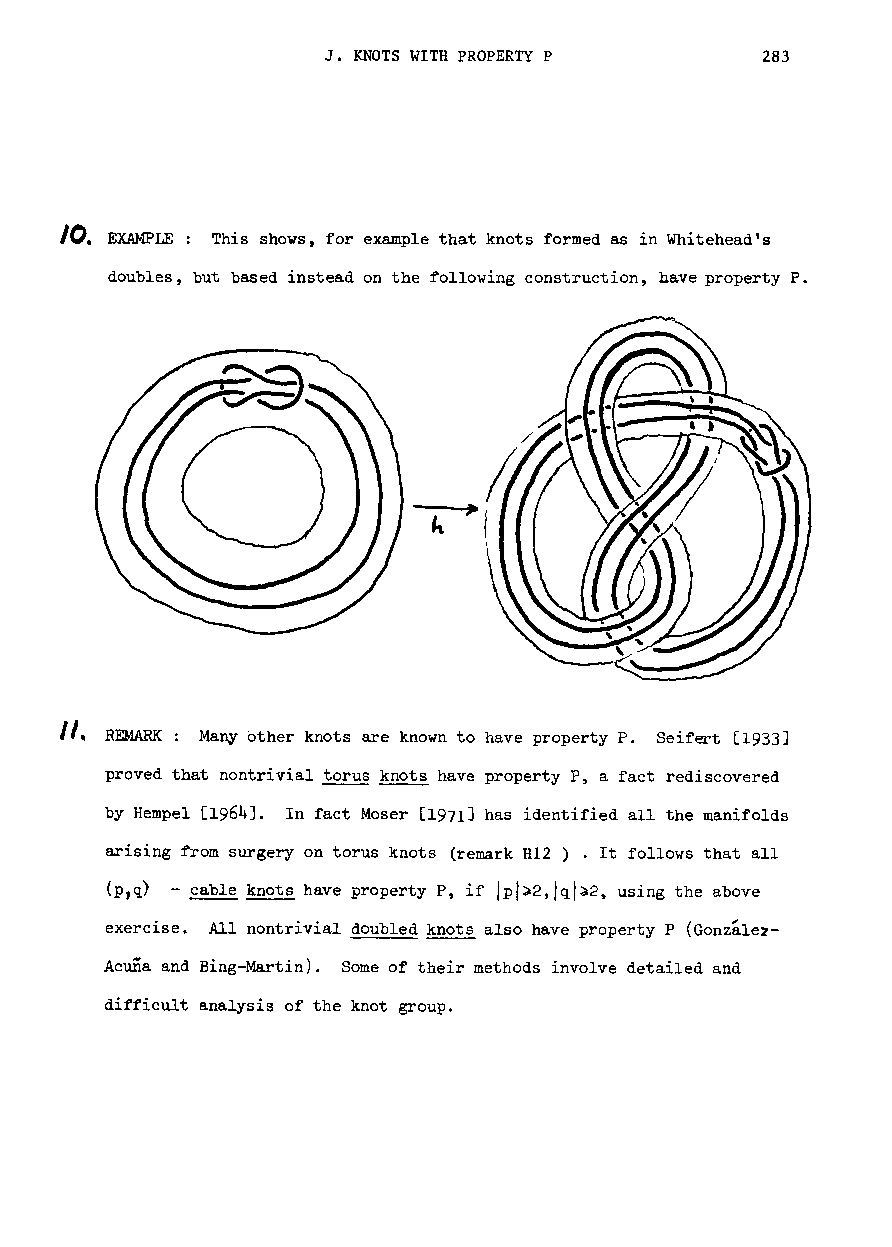
J. KNOTS WITH PROPERTY P     283
 /(). E~~LE: This shows, for example that knots formed as in Whitehead's
 doubles, but based instead on the following construction, have property P.
 II. REMARK: Many other knots are known to have property P. Seifert [1933J
 proved that nontrivial torus knots have property P, a fact rediscovered
 by Hempel [1964J. In fact Moser [1971J has identified all the manifolds
 arising from surgery on torus knots (remark H12 ) . It follows that all
 (PJq) - cable knots have property P, if Ipl~2,lql)2, using the above
 exercise. All nontrivial doubled knots also have property P (Gonzale2
 Acuna and Bing-Martin). Some of their methods involve detailed and
 difficult analysis of the knot group.